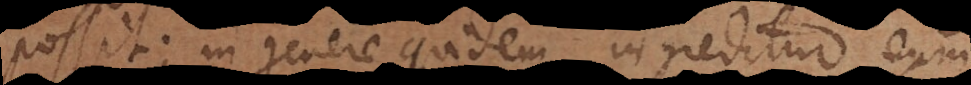
possit; in genere quidem ingreditur eum